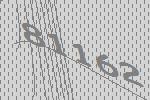
81162